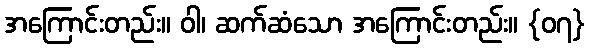
အကြောင်းတည်း။ ဝါ၊ ဆက်ဆံသော အကြောင်းတည်း။ {၀၇}